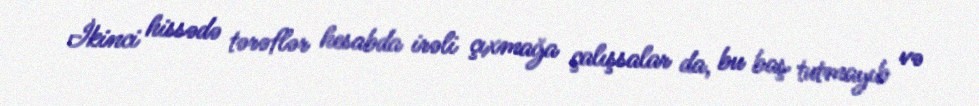
İkinci hissədə tərəflər hesabda irəli çıxmağa çalışsalar da, bu baş tutmayıb və